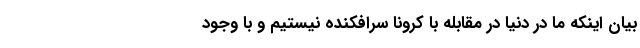
بیان اینکه ما در دنیا در مقابله با کرونا سرافکنده نیستیم و با وجود